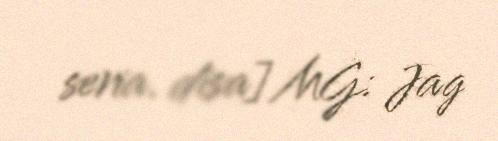
seria. disa] MG: Jag